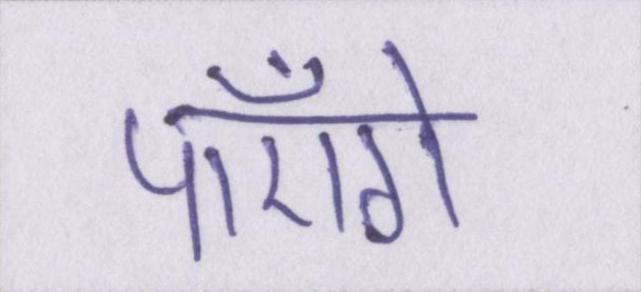
पाएँगे